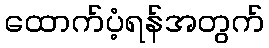
ထောက်ပံ့ရန်အတွက်